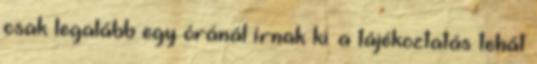
csak legalább egy óránál írnak ki. a tájékoztatás tehát